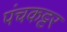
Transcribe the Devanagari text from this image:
पंचकट्टर